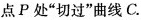
点P处”切过”曲线C。